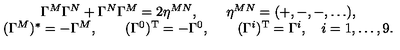
\begin{array} { c } { \Gamma ^ { M } \Gamma ^ { N } + \Gamma ^ { N } \Gamma ^ { M } = 2 \eta ^ { M N } , \qquad \eta ^ { M N } = ( + , - , - , \dots ) , } \\ { ( \Gamma ^ { M } ) ^ { * } = - \Gamma ^ { M } , \qquad ( \Gamma ^ { 0 } ) ^ { \mathrm { T } } = - \Gamma ^ { 0 } , \qquad ( \Gamma ^ { i } ) ^ { \mathrm { T } } = \Gamma ^ { i } , \quad i = 1 , \dots , 9 . } \\ \end{array}